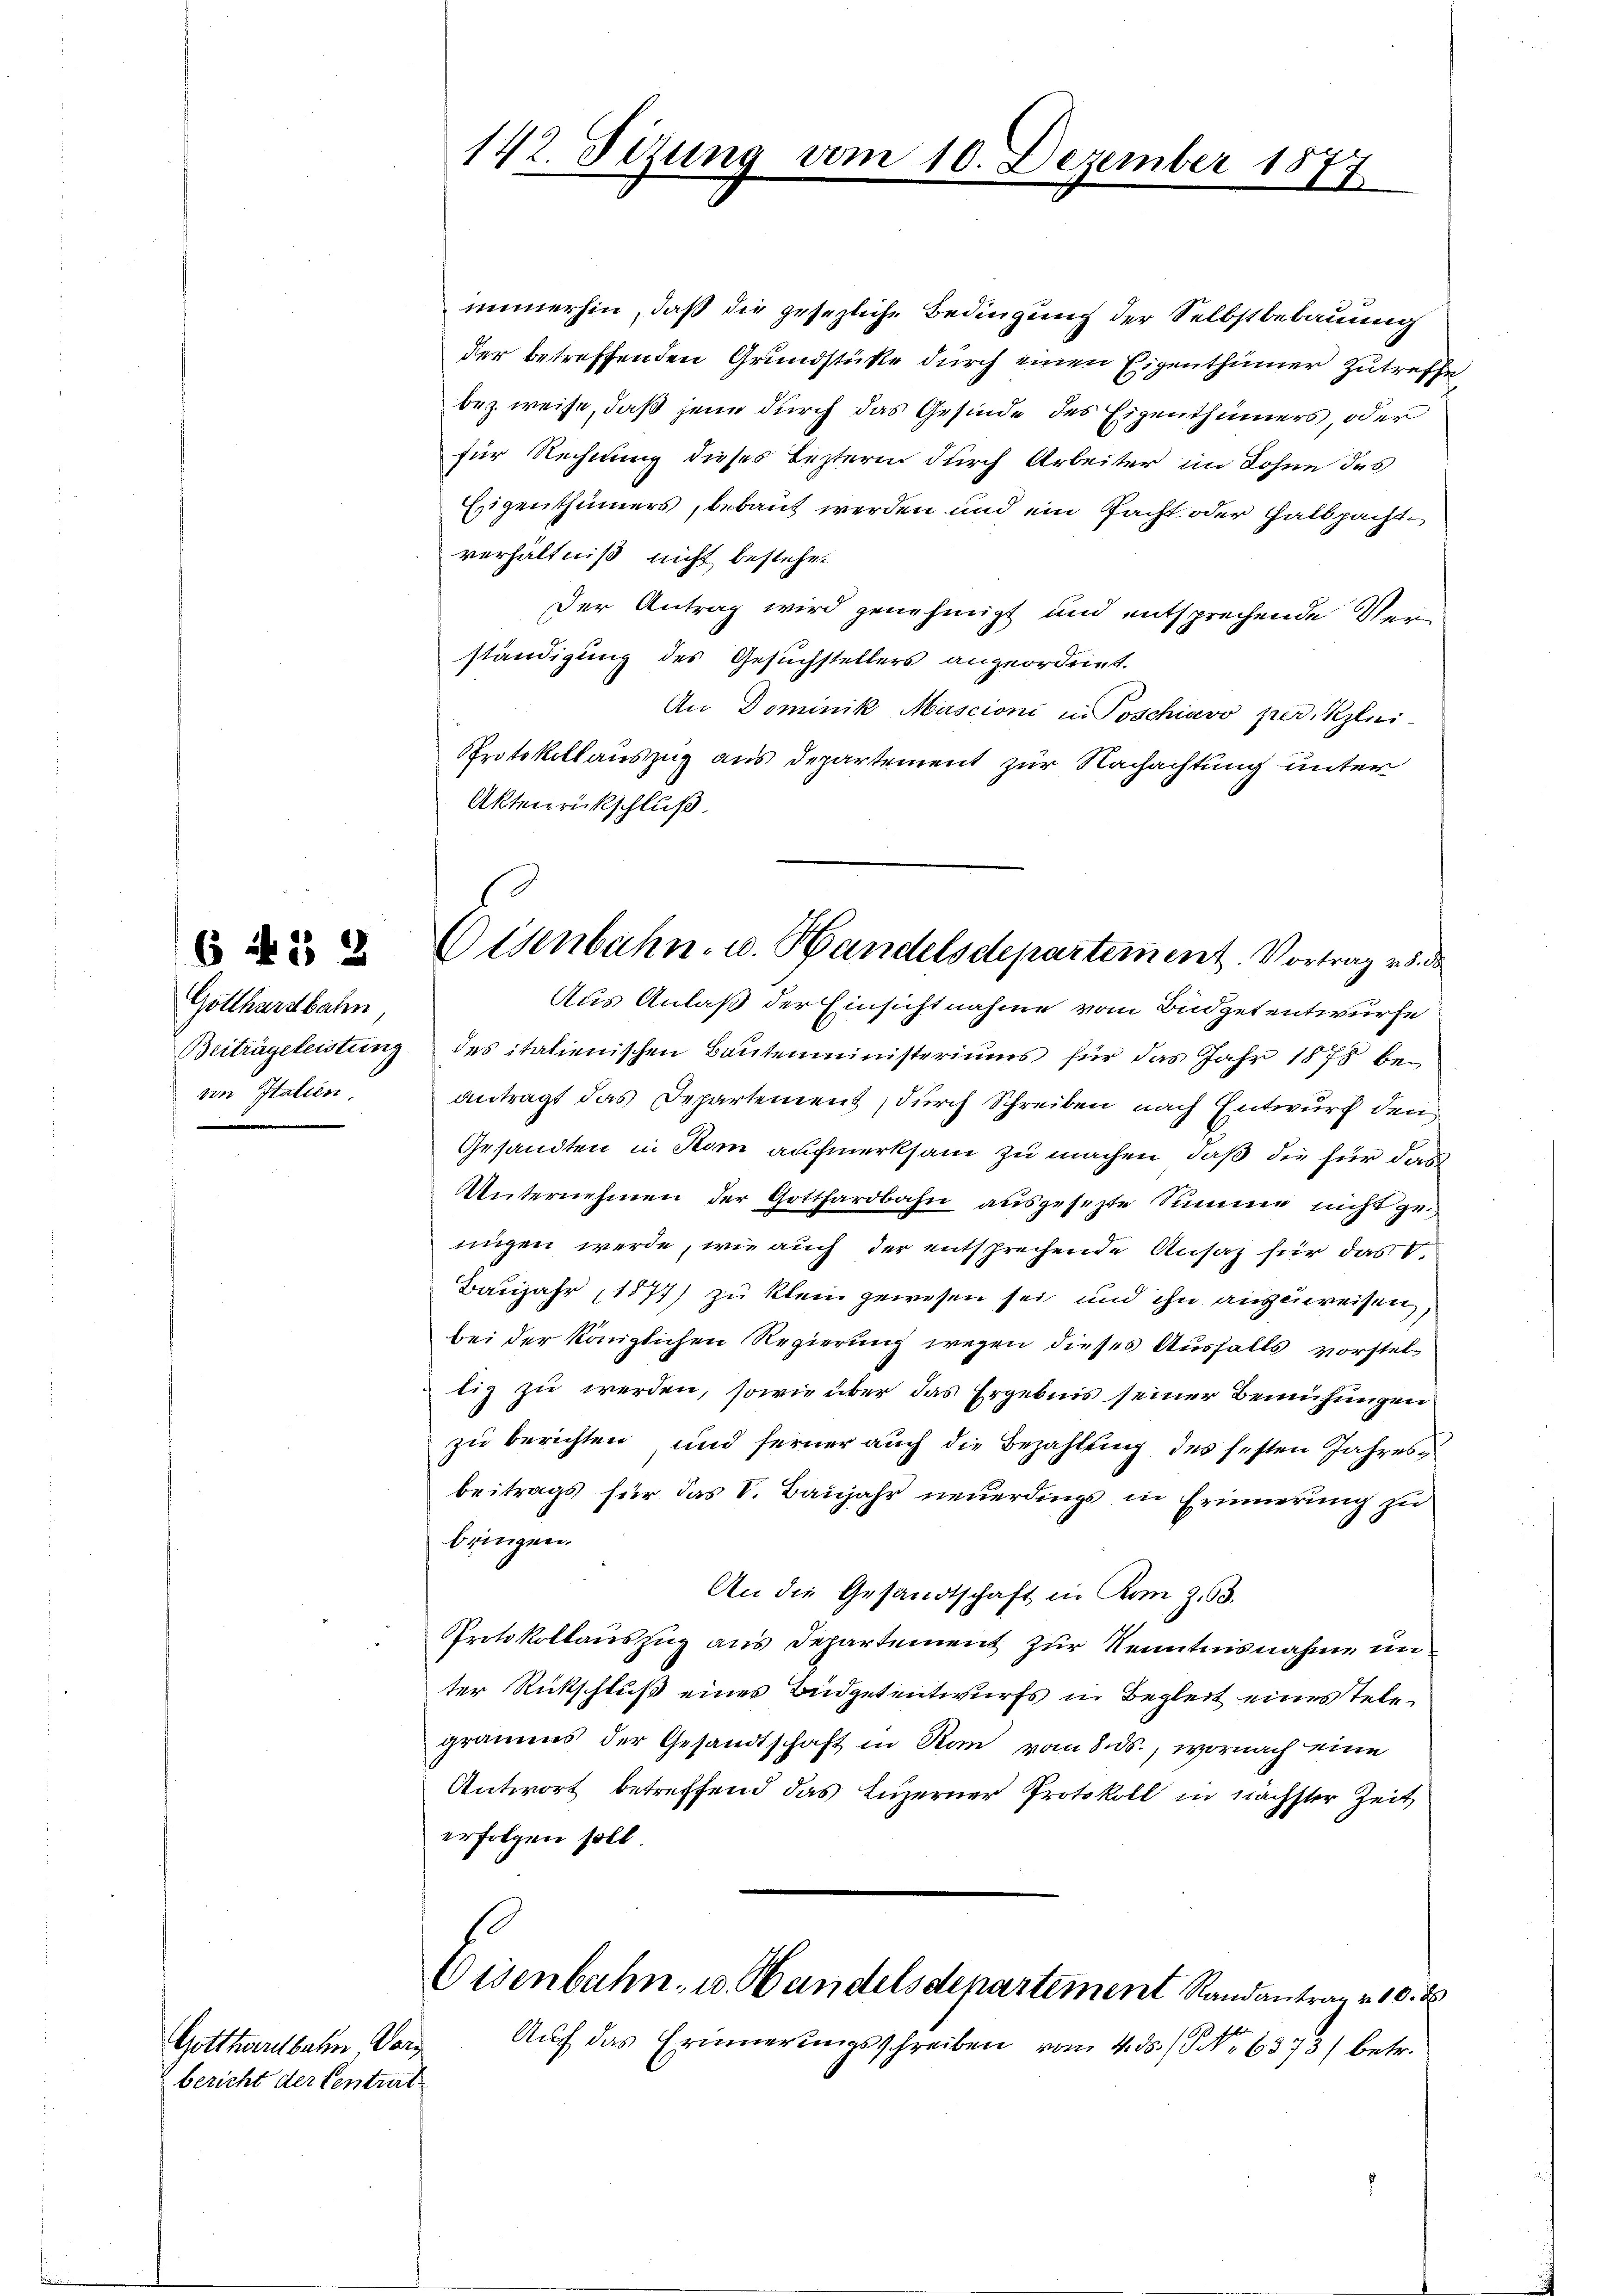
6 f 12

Gotthardbahn,
von Italien.

Eisenbahn- u. Handelsdepartement. Vortrag v. 8. de

Gotthardbahn, Vorg
bericht der Centrit

142. Sizung vom 10. Dezember 1877

immerhin, daß die gesezliche Bedingung der Selbstbebauung
der betreffenden Grundstüke durch einen Eigenthümer zutreffebez. weise, daß jene durch das Gesinde des Eigenthümers, oder
für Rechnung dieses Lezteren durch Arbeiter im Lohne des
Eigenthümers, bebaut werden und ein Pacht oder Halbpacht
verhältniß nicht bestehet
Der Antrag wird genehmigt und entsprechende Verständigung des Gesuchstellers angeordnet.
An Dominik, Mascioni in Poschiavo per Klei
Protokollauszug aus Departement zur Nachachtung unter
Aktenrückschluß.
Aus Anlaß der Einsichtnahme vom Büdgetentwurfe
Beitrageleistung des italienischen Bautenministeriums für das Jahr 1878 be-
antragt das Departement, durch Schreiben nach Entwurf den
Gesandten in Rom aufmerksam zu machen, daß die für das
Unternehmen der Gotthardbahn ausgesezte Summe nicht zeinigen werde, wie auch der entsprechende Ansatz für das V.
Baujahr 1877) zu klein gewesen sei und ihn anzuweisen,
bei der königlichen Regierung wegen dieses Ausfalls vorstellig zu werden, sowie über das Ergebnis seiner Bemühungen
zu berichten, und ferner auch die Bezahlung des festen Jahresbeitrags für das V. Baŭjahr neuerdings in Erinnerung zu
bringen.
An die Gesandtschaft in Kom Z. 63.
Protokollauszug aus Departement zur Kenntnisnahme unter Rückschluß eines Büdgetentwurfs in Begleit eines Telegramms der Gesandtschaft in Ran vom 8. ds., wornach eine
Antwort betreffend das Luzerner Protokoll in nächster Zeit
erfolgen soll.
Eisenbahn, u. Handelsdepartement Randantrag v. 10. d.
Auf das Erinnerungsschreiben vom 4. ds. / No 6373) betr.